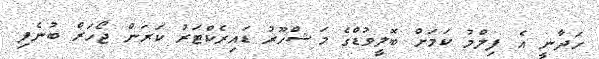
ހަދާނީ އެ ފިލްމު ކަމަށް ބޮލީވުޑްގެ މަޝްހޫރު ޑައިރެކްޓަރު ކަރަން ޖޯހަރް ބުނެފި